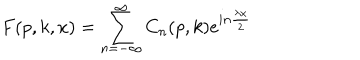
F ( p , k , x ) = \sum _ { n = - \infty } ^ { \infty } C _ { n } ( p , k ) e ^ { i n \frac { \lambda x } { 2 } }